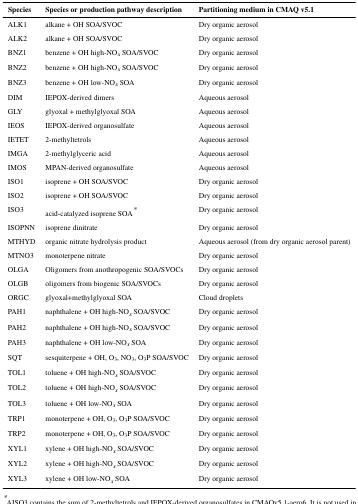
<table><thead><tr><td><b>Species</b></td><td><b>Species or production pathway description</b></td><td><b>Partitioning medium in CMAQ v5.1</b></td></tr></thead><tbody><tr><td>ALK1</td><td>alkane + OH SOA/SVOC</td><td>Dry organic aerosol</td></tr><tr><td>ALK2</td><td>alkane + OH SOA/SVOC</td><td>Dry organic aerosol</td></tr><tr><td>BNZ1</td><td>benzene + OH high-NO<sub><i>x</i></sub> SOA/SVOC</td><td>Dry organic aerosol</td></tr><tr><td>BNZ2</td><td>benzene + OH high-NO<sub><i>x</i></sub> SOA/SVOC</td><td>Dry organic aerosol</td></tr><tr><td>BNZ3</td><td>benzene + OH low-NO<sub><i>x</i></sub> SOA</td><td>Dry organic aerosol</td></tr><tr><td>DIM</td><td>IEPOX-derived dimers</td><td>Aqueous aerosol</td></tr><tr><td>GLY</td><td>glyoxal + methylglyoxal SOA</td><td>Aqueous aerosol</td></tr><tr><td>IEOS</td><td>IEPOX-derived organosulfate</td><td>Aqueous aerosol</td></tr><tr><td>IETET</td><td>2-methyltetrols</td><td>Aqueous aerosol</td></tr><tr><td>IMGA</td><td>2-methylglyceric acid</td><td>Aqueous aerosol</td></tr><tr><td>IMOS</td><td>MPAN-derived organosulfate</td><td>Aqueous aerosol</td></tr><tr><td>ISO1</td><td>isoprene + OH SOA/SVOC</td><td>Dry organic aerosol</td></tr><tr><td>ISO2</td><td>isoprene + OH SOA/SVOC</td><td>Dry organic aerosol</td></tr><tr><td>ISO3</td><td>acid-catalyzed isoprene SOA<sup>*</sup></td><td>Dry organic aerosol</td></tr><tr><td>ISOPNN</td><td>isoprene dinitrate</td><td>Dry organic aerosol</td></tr><tr><td>MTHYD</td><td>organic nitrate hydrolysis product</td><td>Aqueous aerosol (from dry organic aerosol parent)</td></tr><tr><td>MTNO3</td><td>monoterpene nitrate</td><td>Dry organic aerosol</td></tr><tr><td>OLGA</td><td>Oligomers from anothropogenic SOA/SVOCs</td><td>Dry organic aerosol</td></tr><tr><td>OLGB</td><td>oligomers from biogenic SOA/SVOCs</td><td>Dry organic aerosol</td></tr><tr><td>ORGC</td><td>glyoxal+methylglyoxal SOA</td><td>Cloud droplets</td></tr><tr><td>PAH1</td><td>naphthalene + OH high-NO<sub><i>x</i></sub> SOA/SVOC</td><td>Dry organic aerosol</td></tr><tr><td>PAH2</td><td>naphthalene + OH high-NO<sub><i>x</i></sub> SOA/SVOC</td><td>Dry organic aerosol</td></tr><tr><td>PAH3</td><td>naphthalene + OH low-NO<sub><i>x</i></sub> SOA</td><td>Dry organic aerosol</td></tr><tr><td>SQT</td><td>sesquiterpene + OH, O<sub>3</sub>, NO<sub>3</sub>, O<sub>3</sub>P SOA/SVOC</td><td>Dry organic aerosol</td></tr><tr><td>TOL1</td><td>toluene + OH high-NO<sub><i>x</i></sub> SOA/SVOC</td><td>Dry organic aerosol</td></tr><tr><td>TOL2</td><td>toluene + OH high-NO<sub><i>x</i></sub> SOA/SVOC</td><td>Dry organic aerosol</td></tr><tr><td>TOL3</td><td>toluene + OH low-NO<sub><i>x</i></sub> SOA</td><td>Dry organic aerosol</td></tr><tr><td>TRP1</td><td>monoterpene + OH, O<sub>3</sub>, O<sub>3</sub>P SOA/SVOC</td><td>Dry organic aerosol</td></tr><tr><td>TRP2</td><td>monoterpene + OH, O<sub>3</sub>, O<sub>3</sub>P SOA/SVOC</td><td>Dry organic aerosol</td></tr><tr><td>XYL1</td><td>xylene + OH high-NO<sub><i>x</i></sub> SOA/SVOC</td><td>Dry organic aerosol</td></tr><tr><td>XYL2</td><td>xylene + OH high-NO<sub><i>x</i></sub> SOA/SVOC</td><td>Dry organic aerosol</td></tr><tr><td>XYL3</td><td>xylene + OH low-NO<sub><i>x</i></sub> SOA</td><td>Dry organic aerosol</td></tr></tbody></table>